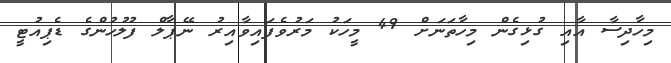
މިހާދިސާ އާއި ގުޅިގެން މިހާތަނަށް 49 މީހަކު މަރުވެފައިވާއިރު ނޭޕާލް ފުލުހުންގެ ޑެޕިއުޓީ